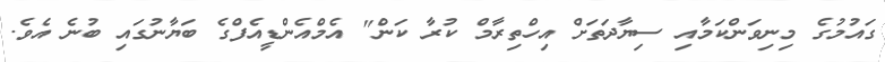
ގައުމުގެ މިނިވަންކަމާއި ސިޔާދަތަށް އިހްތިރާމް ކުރާ ކަން" އެމްއެންޑީއެފްގެ ބަޔާނުގައި ބުނެ އެވެ.